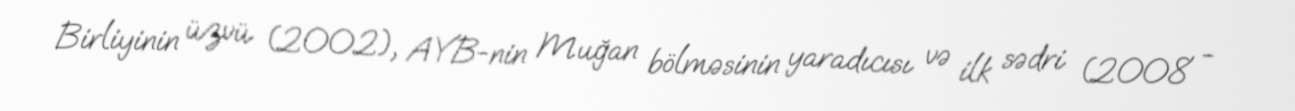
Birliyinin üzvü (2002), AYB-nin Muğan bölməsinin yaradıcısı və ilk sədri (2008 -